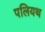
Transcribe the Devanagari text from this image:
पलियथ